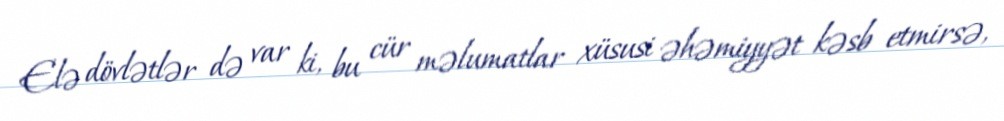
Elə dövlətlər də var ki, bu cür məlumatlar xüsusi əhəmiyyət kəsb etmirsə,